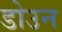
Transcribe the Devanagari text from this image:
डोउन